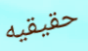
حقيقيه